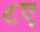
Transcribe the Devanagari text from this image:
८ए